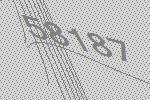
58187